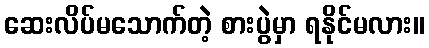
ဆေးလိပ်မသောက်တဲ့ စားပွဲမှာ ရနိုင်မလား။